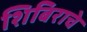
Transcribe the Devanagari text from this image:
शिबिराचे